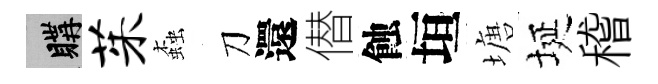
購茱螙刀還僣蝕垣塘埏稽